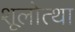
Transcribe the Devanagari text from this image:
शूलोत्था